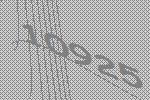
10925